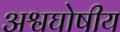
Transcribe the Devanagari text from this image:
अश्वघोषीय